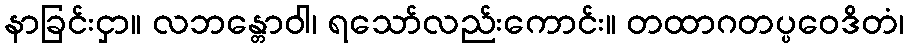
နာခြင်းငှာ။ လဘန္တောဝါ၊ ရသော်လည်းကောင်း။ တထာဂတပ္ပဝေဒိတံ၊